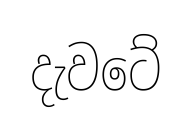
දැවටේ